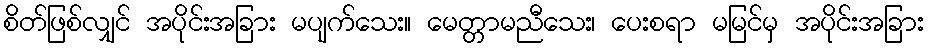
စိတ်ဖြစ်လျှင် အပိုင်းအခြား မပျက်သေး။ မေတ္တာမညီသေး၊ ပေးစရာ မမြင်မှ အပိုင်းအခြား